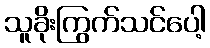
သူခိုးကြွက်သင်ပေါ့